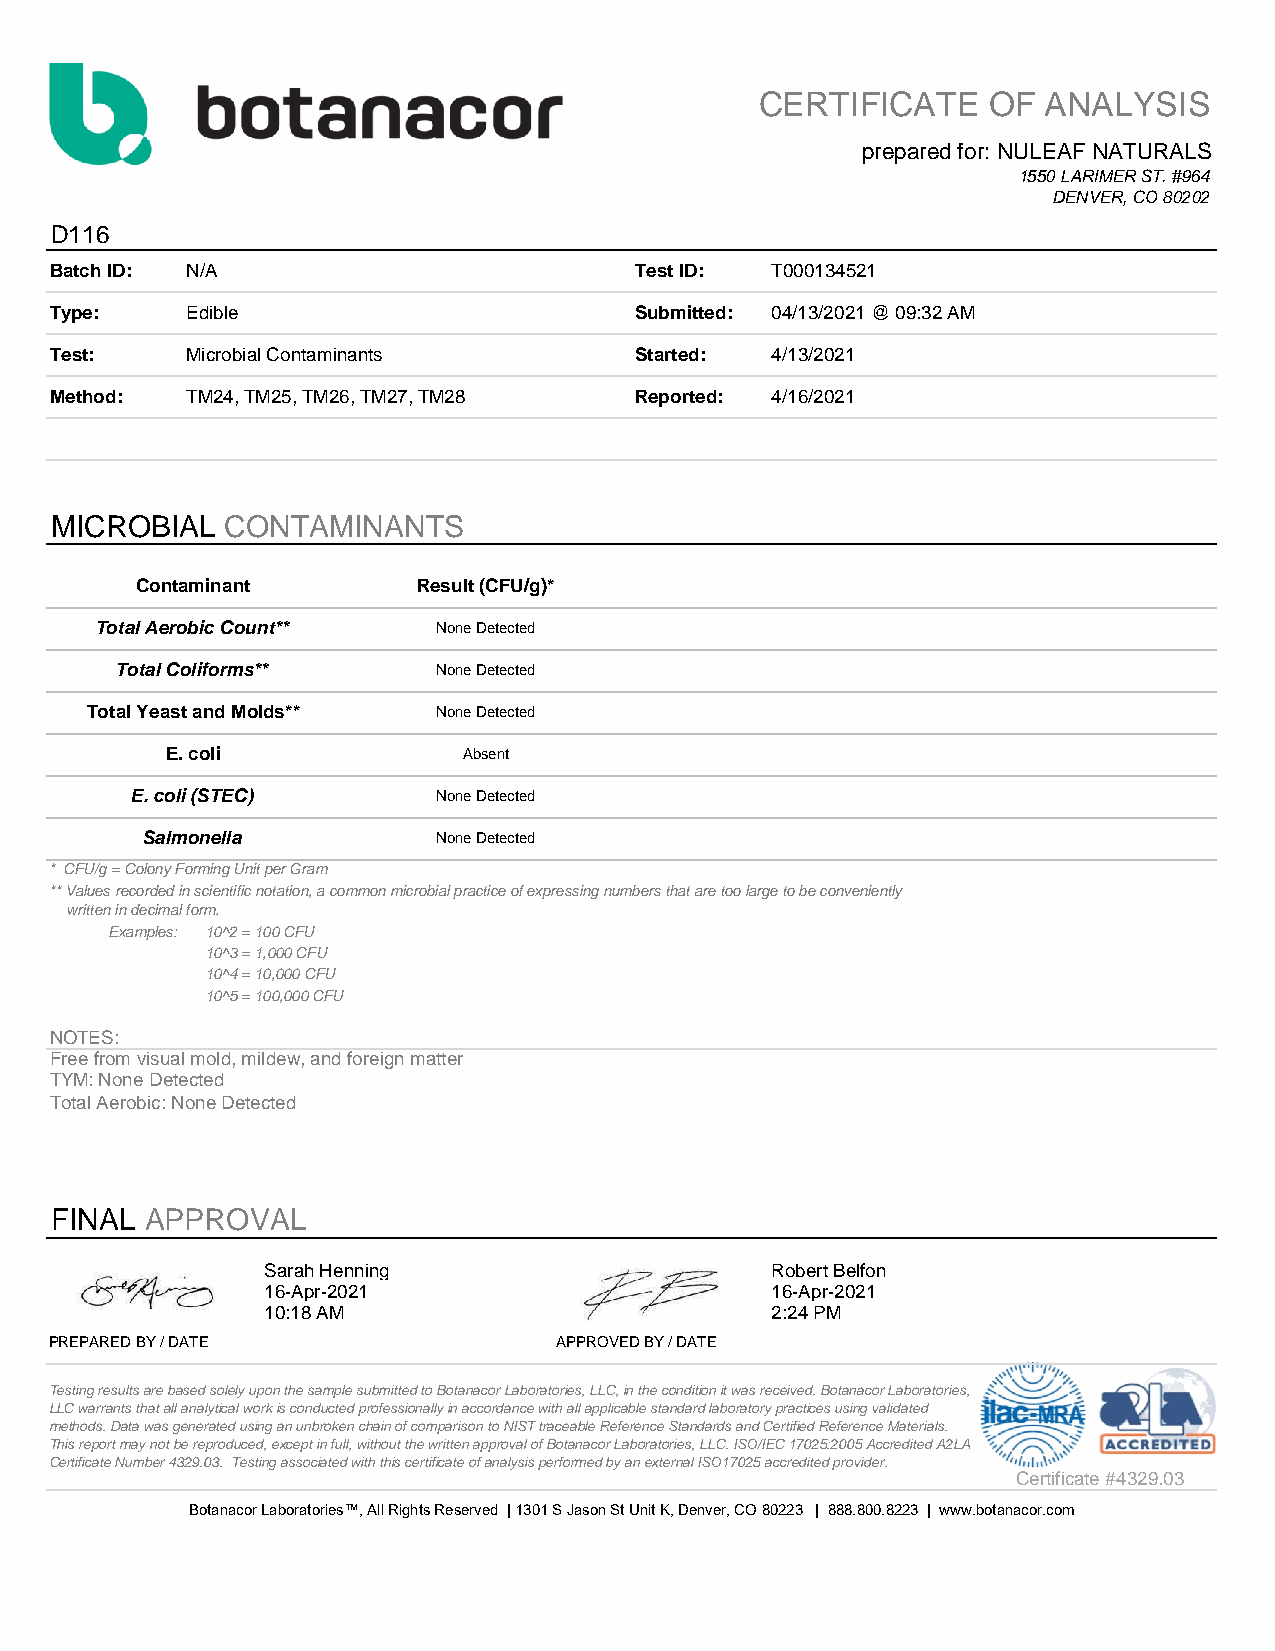
CERTIFICATE    OF  ANALYSIS
 prepared for: NULEAF NATURALS
 1550 LARIMER ST. #964
 DENVER, CO 80202
 D116
 Batch ID: N/A                          Test ID: T000134521
 Type:    Edible                        Submitted: 04/13/2021 @ 09:32 AM
 Test:    Microbial Contaminants        Started: 4/13/2021
 Method:  TM24, TM25, TM26, TM27, TM28  Reported: 4/16/2021
 MICROBIAL   CONTAMINANTS
 Contaminant        Result (CFU/g)*
 Total Aerobic Count**  None Detected
 Total Coliforms**    None Detected
 Total Yeast and Molds** None Detected
 E. coli             Absent
 E. coli (STEC)      None Detected
 Salmonella          None Detected
 * CFU/g = Colony Forming Unit per Gram
 ** Values recorded in scientific notation, a common microbial practice of expressing numbers that are too large to be conveniently
 written in decimal form.
 Examples: 10^2 = 100 CFU
 10^3 = 1,000 CFU
 10^4 = 10,000 CFU
 10^5 = 100,000 CFU
 NOTES:
 Free from visual mold, mildew, and foreign matter
 TYM: None Detected
 Total Aerobic: None Detected
 FINAL  APPROVAL
 Sarah Henning                     Robert Belfon
 16-Apr-2021                       16-Apr-2021
 10:18 AM                          2:24 PM
 PREPARED BY / DATE                APPROVED BY / DATE
 Testing results are based solely upon the sample submitted to Botanacor Laboratories, LLC, in the condition it was received. Botanacor Laboratories,
 LLC warrants that all analytical work is conducted professionally in accordance with all applicable standard laboratory practices using validated
 methods. Data was generated using an unbroken chain of comparison to NIST traceable Reference Standards and Certified Reference Materials.
 This report may not be reproduced, except in full, without the written approval of Botanacor Laboratories, LLC. ISO/IEC 17025:2005 Accredited A2LA
 Certificate Number 4329.03. Testing associated with this certificate of analysis performed by an external ISO17025 accredited provider.
 Certificate #4329.03
 Botanacor Laboratories™, All Rights Reserved | 1301 S Jason St Unit K, Denver, CO 80223 | 888.800.8223 | www.botanacor.com